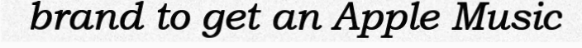
brand to get an Apple Music